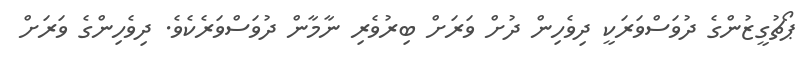
ޕޯޗުގީޒުންގެ ދުވަސްވަރަކީ ދިވެހިން ދުށް ވަރަށް ބިރުވެރި ނާމާން ދުވަސްވަރެކެވެ. ދިވެހިންގެ ވަރަށް